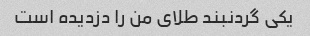
یکی گردنبند طلای من را دزدیده است